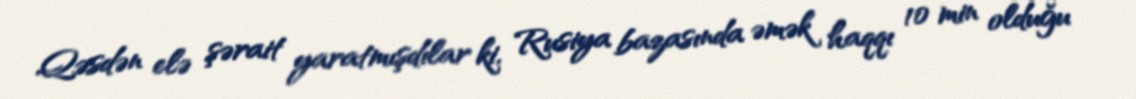
Qəsdən elə şərait yaratmışdılar ki, Rusiya bazasında əmək haqqı 10 min olduğu